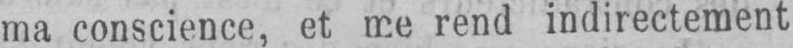
ma conscience, et me rend indirectement